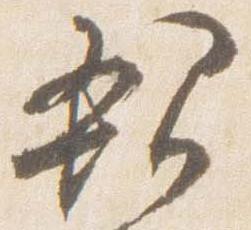
親